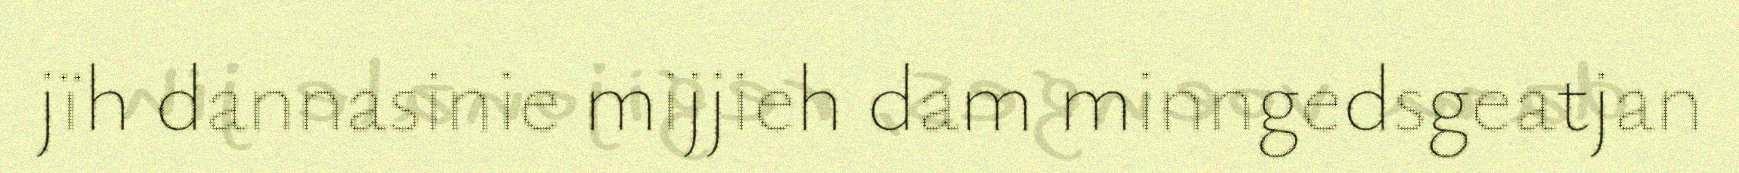
jïh dannasinie mijjieh dam minngedsgeatjan